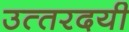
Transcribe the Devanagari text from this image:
उत्‍तरदयी